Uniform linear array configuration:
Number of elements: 24
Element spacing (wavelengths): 0.5
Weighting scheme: hann
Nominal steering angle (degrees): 30
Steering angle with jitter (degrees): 28.329
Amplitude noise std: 0.05
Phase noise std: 0.05

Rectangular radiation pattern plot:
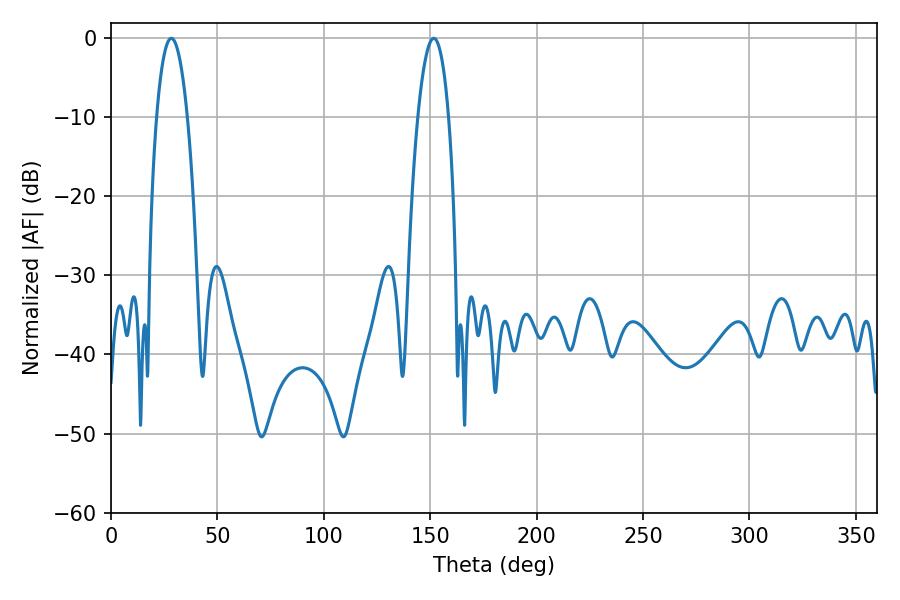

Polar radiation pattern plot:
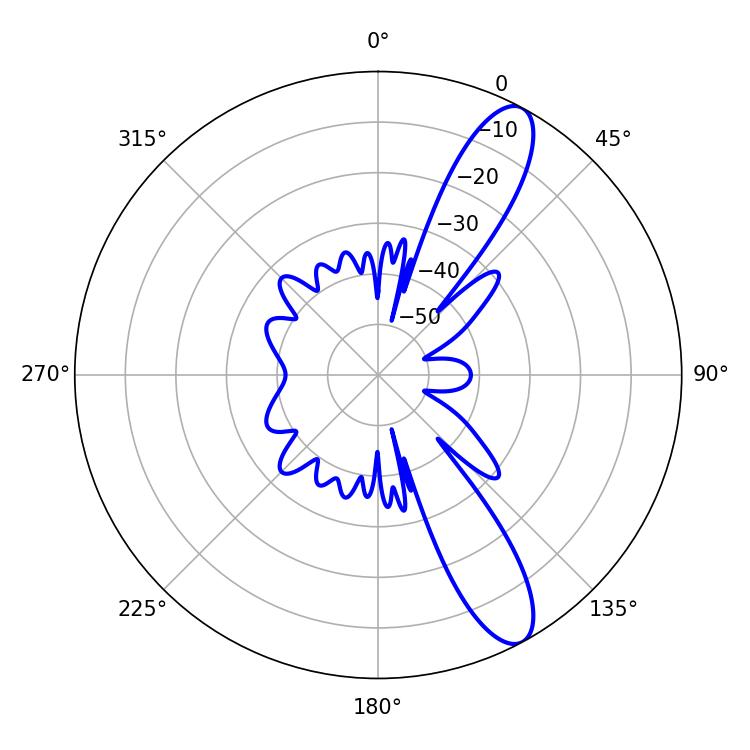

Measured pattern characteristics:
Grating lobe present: FALSE
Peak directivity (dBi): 11.455
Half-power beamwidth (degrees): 7.92
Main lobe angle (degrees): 28.26